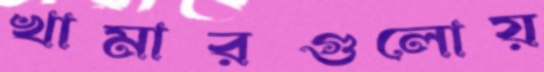
খামারগুলোয়